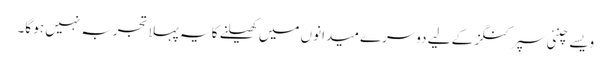
ویسے چنئی سپرکنگز کے لیے دوسرے میدانوں میں کھیلنے کا یہ پہلا تجربہ نہیں ہو گا۔